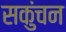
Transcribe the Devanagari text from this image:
सकुंचन